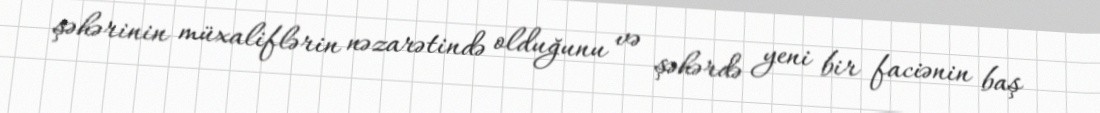
şəhərinin müxaliflərin nəzarətində olduğunu və şəhərdə yeni bir faciənin baş